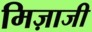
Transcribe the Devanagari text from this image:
मिज़ाजी